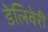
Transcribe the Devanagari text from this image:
डेलिवेरी